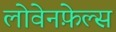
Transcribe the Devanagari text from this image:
लोवेनफ़ेल्स